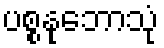
ပစ္စနုဘောသုံ